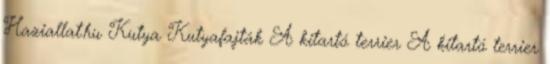
Haziallat.hu Kutya Kutyafajták A kitartó terrier A kitartó terrier